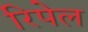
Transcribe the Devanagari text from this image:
रिपेल